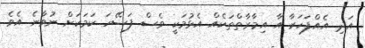
އަދި އެއްފަހަރާ އާ އިމާރާތްތަކެއް އެޅުމަކީ ވެސް ފަސޭހަ ކަމަކަށް ނުވާނެ އެވެ.